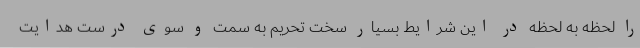
را لحظه به لحظه در این شرایط بسیار سخت تحریم به سمت و سوی درست هدایت